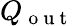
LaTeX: Q_{\mathrm{~o~u~t~}}